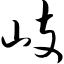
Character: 岐